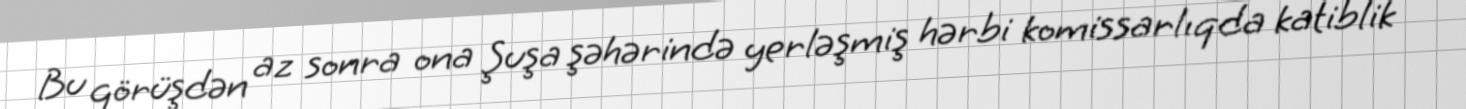
Bu görüşdən az sonra ona Şuşa şəhərində yerləşmiş hərbi komissarlıqda katiblik